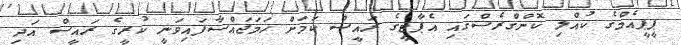
ޕީޕީއެމްގެ ކުއްލި ކޮންގްރެސްގައި އެޕާޓީގެ ރައީސް ކަމަށް ހަމަޖައްސާފައިވަނީ ކުރީގެ ރައީސް އަދި